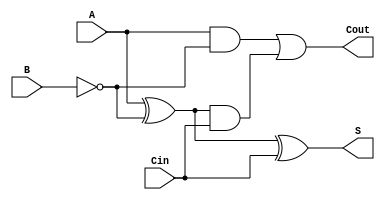
module  cfulladder(S,Cout,A,B,Cin);
output S; // a 1-bit register
output Cout; // a 1-bit register
input A; // a 1-bit register
input B; // a 1-bit register
input Cin; // a 1-bit register
wire AandB, AxorB, AxorB_xorC, AxorB_andC , Bb,Cout;
assign Bb = ~B;
and A_and_B(AandB, A, Bb);
xor  A_xor_B(AxorB,A,Bb);
xor A_xor_B_xor_c(AxorB_xorC,AxorB,Cin);
and A_xor_B_and_c(AxorB_andC,AxorB,Cin);
assign S = AxorB_xorC;
or C_out(Cout,AandB,AxorB_andC);

endmodule

module  sub4(S,Cout,A,B,Cin);
output [3:0] S; // a 4-bit register
output Cout; // a 1-bit register
input [3:0] A; // a 4-bit register
input [3:0] B; // a 4-bit register
input Cin; // a 1-bit register

cfulladder f0(S[0], Cout, A[0], B[0], Cin);// Least significant bit.
cfulladder f1(S[1], Cout, A[1], B[1], Cout);
cfulladder f2(S[2], Cout, A[2], B[2], Cout);
cfulladder f3(S[3], Cout, A[3], B[3], Cout);// Most significant bit.
endmodule




module  t_sub;
reg [3:0] A;
reg [3:0] B;
wire [3:0] S;
wire Cout;
reg Cin;


		sub4 myadder(S,Cout,A,B,Cin);
		
initial
begin
		A=1;B=0;Cin=0;
		repeat(7) begin
		A=A+1;B=B+1;Cin=0;
        #1 $display("A=%4b B=%4b S=%4b Cout=%1d",  A, B, S, Cin);
		end 

        $finish;
end
endmodule